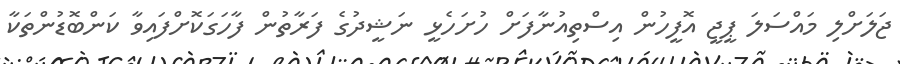
ޖަލަށްލި މައްސަލަ ޕީޖީ އޮފީހުން އިސްތިއުނާފަށް ހުށަހެޅީ ނަޝީދުގެ ފަރާތުން ފާހަގަކޮށްފައިވާ ކަންބޮޑުުންތަކާ